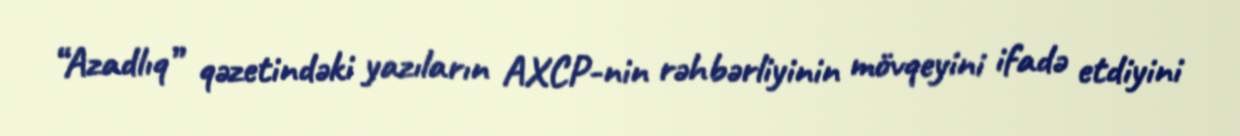
“Azadlıq” qəzetindəki yazıların AXCP-nin rəhbərliyinin mövqeyini ifadə etdiyini